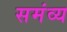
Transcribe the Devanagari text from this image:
समंव्य